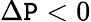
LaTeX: \Delta\mathtt{P}<0